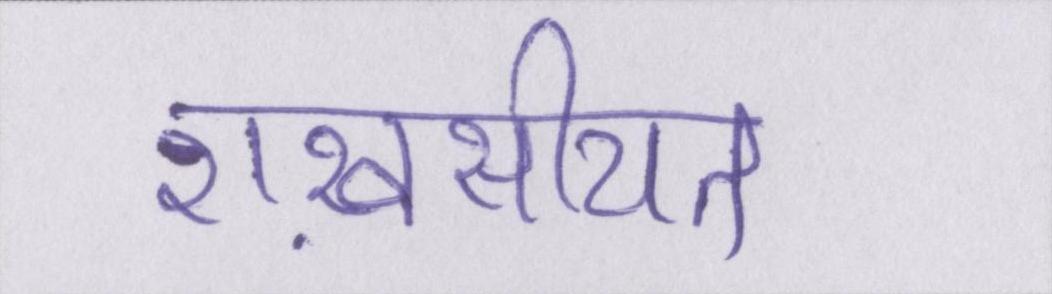
शख़सीयत